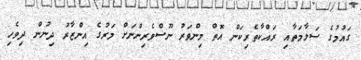
ގައުމުގެ ސަލާމަތާއި ރައްކާތެރިކަން އޮތް މިންވަރު ނޫސްވެރިންނަށް މަރުގެ އިންޒާރު ދިނުން ދިވެހި